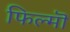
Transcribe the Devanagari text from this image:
फिल्मॊ